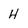
Character: H